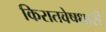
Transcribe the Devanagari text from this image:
किरातवेषधारी